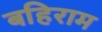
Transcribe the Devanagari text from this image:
बहिराम